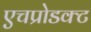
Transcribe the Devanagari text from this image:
एचप्रोडक्ट